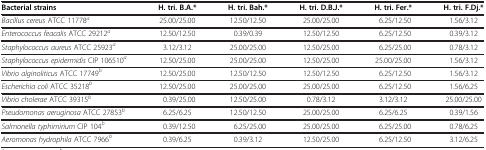
| Bacterial strains | H. tri. B.A.* | H. tri. Bah.* | H. tri. D.B.J.* | H. tri. Fer.* | H. tri. F.Dj.* |
 | --- | --- | --- | --- | --- | --- |
 | Bacillus cereus ATCC 11778a | 25.00/25.00 | 12.50/12.50 | 25.00/25.00 | 6.25/12.50 | 1.56/3.12 |
 | Enterococcus feacalis ATCC 29212a | 12.50/12.50 | 0.39/0.39 | 12.50/12.50 | 6.25/12.50 | 0.39/3.12 |
 | Staphylococcus aureus ATCC 25923a | 3.12/3.12 | 25.00/25.00 | 12.50/25.00 | 6.25/25.00 | 0.78/3.12 |
 | Staphylococcus epidermidis CIP 106510a | 12.50/25.00 | 25.00/25.00 | 12.50/25.00 | 25.00/25.00 | 1.56/3.12 |
 | Vibrio alginoliticus ATCC 17749b | 12.50/25.00 | 12.50/12.50 | 12.50/12.50 | 6.25/12.50 | 1.56/3.12 |
 | Escherichia coli ATCC 35218b | 12.50/25.00 | 25.00/25.00 | 25.00/25.00 | 6.25/12.50 | 1.56/6.25 |
 | Vibrio cholerae ATCC 39315b | 0.39/25.00 | 12.50/25.00 | 0.78/3.12 | 3.12/3.12 | 25.00/25.00 |
 | Pseudomonas aeruginosa ATCC 27853b | 6.25/6.25 | 12.50/12.50 | 25.00/25.00 | 6.25/6.25 | 0.39/1.56 |
 | Salmonella typhimirium CIP 104b | 0.39/12.50 | 6.25/25.00 | 25.00/25.00 | 6.25/25.00 | 0.78/6.25 |
 | Aeromonas hydrophila ATCC 7966b | 0.39/6.25 | 0.39/3.12 | 12.50/25.00 | 6.25/12.50 | 3.12/6.25 |